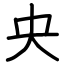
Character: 央